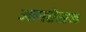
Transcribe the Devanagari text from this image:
आपरेसन